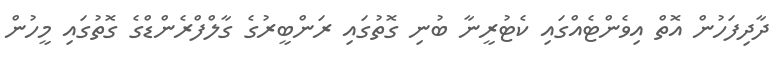
ދާދިފަހުން އޮތް އިވެންޓެއްގައި ކެޓުރީނާ ބުނި ގޮތުގައި ރަންބީރުގެ ގާލްފްރެންޑްގެ ގޮތުގައި މީހުން